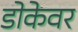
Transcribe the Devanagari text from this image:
डोकेवर